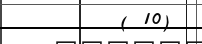
( 10)